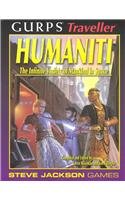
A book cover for GURPS Traveller: Humaniti; Science Fiction & Fantasy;